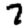
Digit: 7